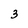
Character: 3